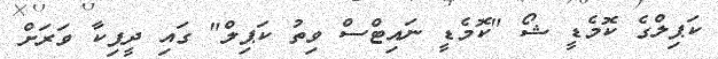
ކަޕިލްގެ ކޮމެޑީ ޝޯ "ކޮމެޑީ ނައިޓްސް ވިތު ކަޕިލް" ގައި ދީޕިކާ ވަރަށް